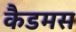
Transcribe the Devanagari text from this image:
कैडमस